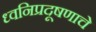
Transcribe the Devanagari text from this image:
ध्वनिप्रदूषणाचे